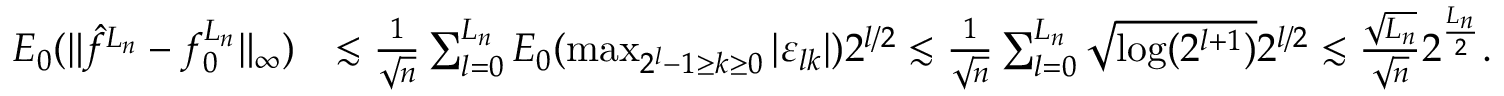
\begin{array} { r l } { E _ { 0 } ( \| \hat { f } ^ { L _ { n } } - f _ { 0 } ^ { L _ { n } } \| _ { \infty } ) } & { \lesssim \frac { 1 } { \sqrt { n } } \sum _ { l = 0 } ^ { L _ { n } } E _ { 0 } ( \operatorname* { m a x } _ { 2 ^ { l } - 1 \geq k \geq 0 } \left| \varepsilon _ { l k } \right| ) 2 ^ { l / 2 } \lesssim \frac { 1 } { \sqrt { n } } \sum _ { l = 0 } ^ { L _ { n } } \sqrt { \log ( 2 ^ { l + 1 } ) } 2 ^ { l / 2 } \lesssim \frac { \sqrt { L _ { n } } } { \sqrt { n } } 2 ^ { \frac { L _ { n } } { 2 } } . } \end{array}